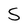
Character: S